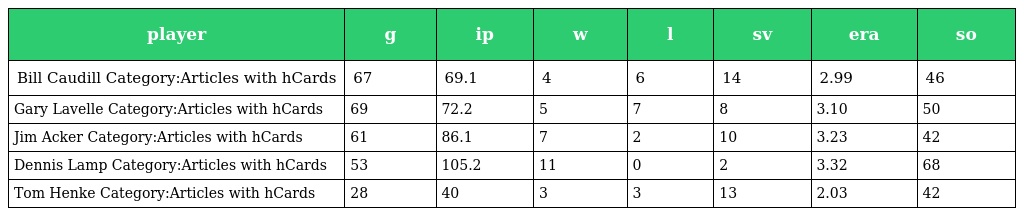
| player | g | ip | w | l | sv | era | so |
 | --- | --- | --- | --- | --- | --- | --- | --- |
 | Bill Caudill Category:Articles with hCards | 67 | 69.1 | 4 | 6 | 14 | 2.99 | 46 |
 | Gary Lavelle Category:Articles with hCards | 69 | 72.2 | 5 | 7 | 8 | 3.10 | 50 |
 | Jim Acker Category:Articles with hCards | 61 | 86.1 | 7 | 2 | 10 | 3.23 | 42 |
 | Dennis Lamp Category:Articles with hCards | 53 | 105.2 | 11 | 0 | 2 | 3.32 | 68 |
 | Tom Henke Category:Articles with hCards | 28 | 40 | 3 | 3 | 13 | 2.03 | 42 |